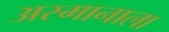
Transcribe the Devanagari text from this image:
अस्मानाला